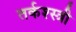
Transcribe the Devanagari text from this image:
तर्कश्स्त्री